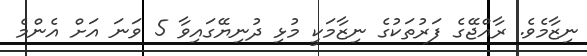
ނިޒާމެވެ. ރާއްޖޭގެ ފަރުތަކުގެ ނިޒާމަކީ މުޅި ދުނިޔޭގައިވާ 5 ވަނަ އަށް އެންމެ